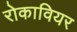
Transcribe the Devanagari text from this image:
रोकावियर